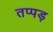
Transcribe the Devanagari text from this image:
तप्पड़